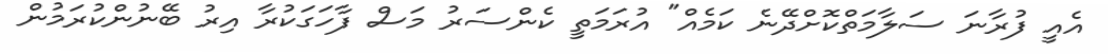
އެއީ ފުރާނަ ސަލާމަތްކޮށްދޭނެ ކަމެއް" އުރަމަތީ ކެންސަރު މަސް ފާހަގަކުރާ އިރު ބޭނުންކުރަމުން